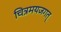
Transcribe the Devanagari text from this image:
चित्रमयजगत्‌